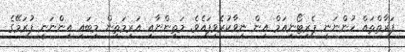
ފަރާތްތައް ހުންނަނީ ޕެރިޓޯނިއަމް އިން ނިވާކުރެވިފައެވެ. މަތިންނާއި އަރިމަތިން މިބައި އިންނަނީ ފުރަމޭގެ